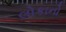
લોકાનો